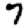
Digit: 7